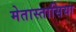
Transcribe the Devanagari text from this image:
मेतास्तासिया